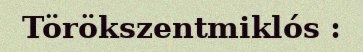
Törökszentmiklós :